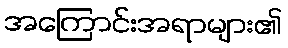
အကြောင်းအရာများ၏